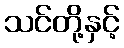
သင်တို့နှင့်